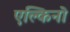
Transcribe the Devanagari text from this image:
एल्किनो